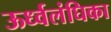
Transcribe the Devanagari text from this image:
ऊर्ध्वलंघिका